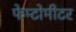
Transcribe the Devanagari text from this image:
फेम्टोमीटर